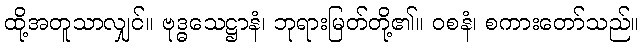
ထို့အတူသာလျှင်။ ဗုဒ္ဓသေဋ္ဌာနံ၊ ဘုရားမြတ်တို့၏။ ဝစနံ၊ စကားတော်သည်။